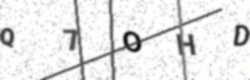
Text: Q7OHD